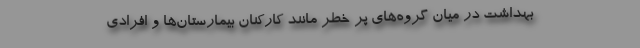
بهداشت در میان گروه‌های پر خطر مانند کارکنان بیمارستان‌ها و افرادی